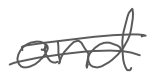
Text: and
Cross-out: double-line
Writing tool: digital_gray